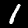
Label: 1